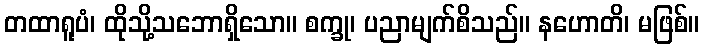
တထာရူပံ၊ ထိုသို့သဘောရှိသော။ စက္ခု၊ ပညာမျက်စိသည်။ နဟောတိ၊ မဖြစ်။